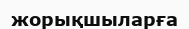
жорықшыларға